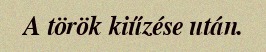
A török kiűzése után.